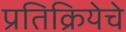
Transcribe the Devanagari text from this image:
प्रतिक्रियेचे